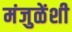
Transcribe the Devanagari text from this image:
मंजुळेंशी